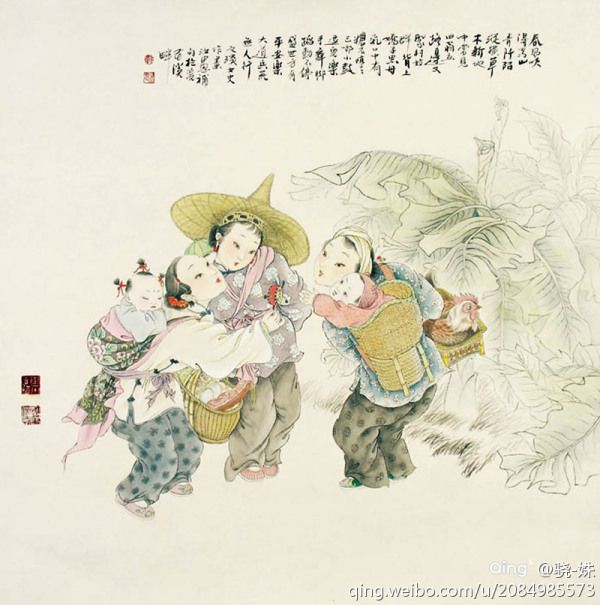
相思似海深，旧事如天远。